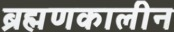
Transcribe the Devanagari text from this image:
ब्रह्मणकालीन